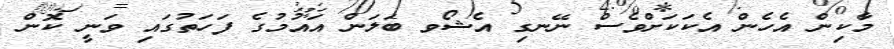
މާކިން އެހެން އެކަކަށްވެސް ނޭނގި އެޝޯވ ބަލަން އައުމުގެ ފަހަތުގައި ވަނީ ކޮން